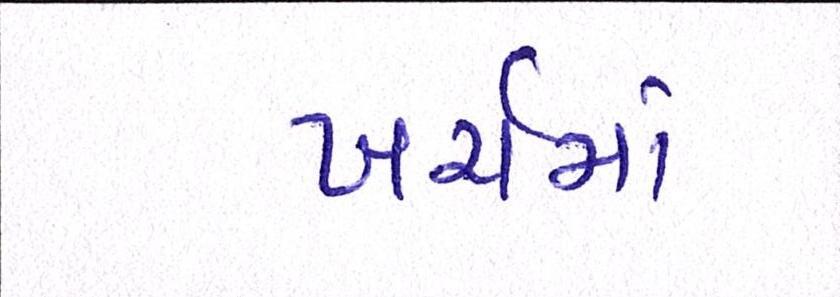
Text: ખર્ચમાં